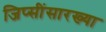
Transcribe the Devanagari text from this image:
जिप्सींसारख्या